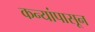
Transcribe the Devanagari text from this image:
कन्यांपासून